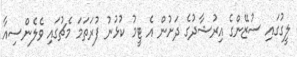
ލީގުގައި ސުޒޭންގެ އިރުޝާދުގެ ދަށުން އެ ޓީމު ކުޅުނު ފުރަތަމަ މެޗުގައި ވެލެންސިއާ